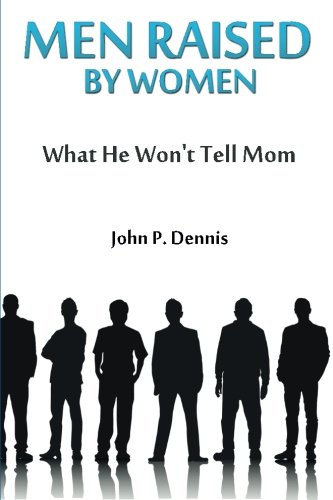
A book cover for Men Raised By Women: What He Won't Tell Mom; John P Dennis; Parenting & Relationships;